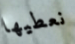
نعطيها